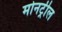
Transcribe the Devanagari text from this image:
मोनट्रील